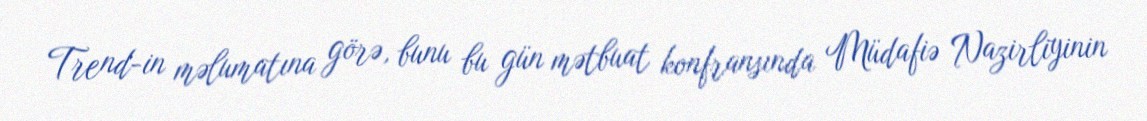
Trend-in məlumatına görə, bunu bu gün mətbuat konfransında Müdafiə Nazirliyinin